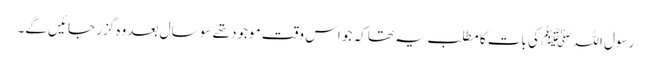
رسول اللہ ﷺ کی بات کا مطلب یہ تھا کہ جو اس وقت موجود تھے سو سال بعد وہ گزر جائیں گے۔